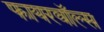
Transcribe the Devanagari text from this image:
फायरवॉल्स